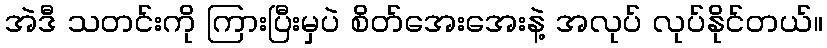
အဲဒီ သတင်းကို ကြားပြီးမှပဲ စိတ်အေးအေးနဲ့ အလုပ် လုပ်နိုင်တယ်။